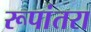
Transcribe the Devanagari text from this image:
रूपांतरा